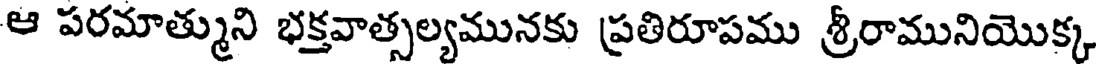
ఆ పరమాత్ముని భక్తవాత్సల్యమునకు ప్రతిరూపము శ్రీరామునియొక్క